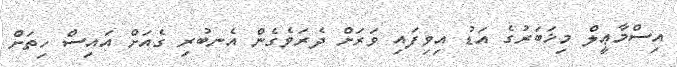
އިސްމާޢީލް މިޚަބަރުގެ އަޑު އިވިފައި ވަރަށް ދެރަވެގެން އެނބުރި ގެއަށް އައިސް ހިތަށް